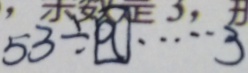
5 3 \div \boxed { q } \cdots 3